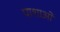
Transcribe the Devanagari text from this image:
पाशाओं